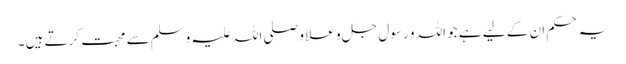
یہ حکم ان کے لیے ہے جو اللہ و رسول جل و علا و صلی اللہ علیہ وسلم سے محبت کرتے ہیں ۔